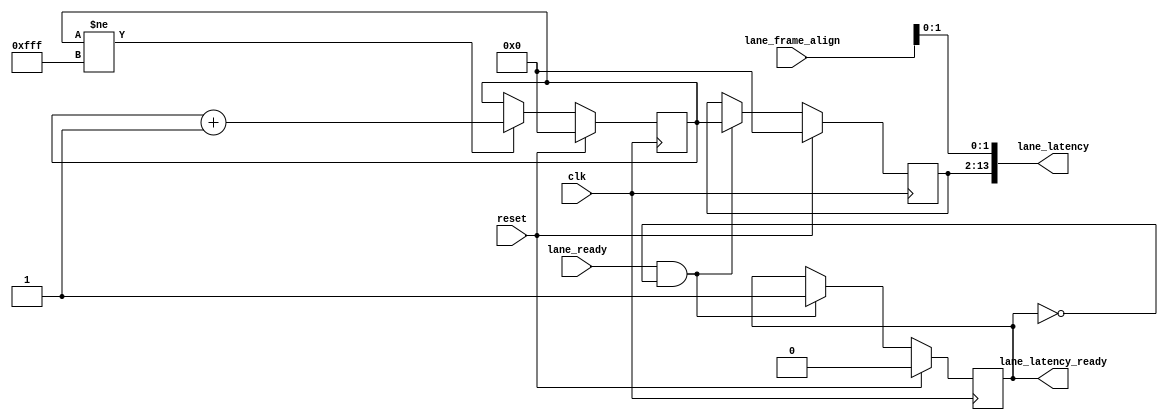
// ***************************************************************************
// ***************************************************************************
// Copyright (C) 2017, 2018, 2021, 2022 Analog Devices, Inc. All rights reserved.
// SPDX short identifier: ADIJESD204
// ***************************************************************************
// ***************************************************************************

`timescale 1ns/100ps

module jesd204_lane_latency_monitor #(
  parameter NUM_LANES = 1,
  parameter DATA_PATH_WIDTH = 4
) (
  input clk,
  input reset,

  input [NUM_LANES-1:0] lane_ready,
  input [NUM_LANES*3-1:0] lane_frame_align,

  output [14*NUM_LANES-1:0] lane_latency,
  output [NUM_LANES-1:0] lane_latency_ready
);

  localparam DPW_LOG2 = DATA_PATH_WIDTH == 8 ? 3 : DATA_PATH_WIDTH == 4 ? 2 : 1;
  localparam BEAT_CNT_WIDTH = 14-DPW_LOG2;

  reg [BEAT_CNT_WIDTH-1:0] beat_counter;

  reg [BEAT_CNT_WIDTH-1:0] lane_latency_mem[0:NUM_LANES-1];
  reg [NUM_LANES-1:0] lane_captured = 'h00;

  always @(posedge clk) begin
    if (reset == 1'b1) begin
      beat_counter <= 'h0;
    end else if (beat_counter != {BEAT_CNT_WIDTH{1'b1}}) begin
      beat_counter <= beat_counter + 1'b1;
    end
  end

  generate
  genvar i;

  for (i = 0; i < NUM_LANES; i = i + 1) begin: gen_lane
    always @(posedge clk) begin
      if (reset == 1'b1) begin
        lane_latency_mem[i] <= 'h00;
        lane_captured[i] <= 1'b0;
      end else if (lane_ready[i] == 1'b1 && lane_captured[i] == 1'b0) begin
        lane_latency_mem[i] <= beat_counter;
        lane_captured[i] <= 1'b1;
      end
    end

    assign lane_latency[i*14+13:i*14] = {lane_latency_mem[i],lane_frame_align[(i*3)+DPW_LOG2-1:i*3]};
    assign lane_latency_ready[i] = lane_captured[i];
  end
  endgenerate

endmodule